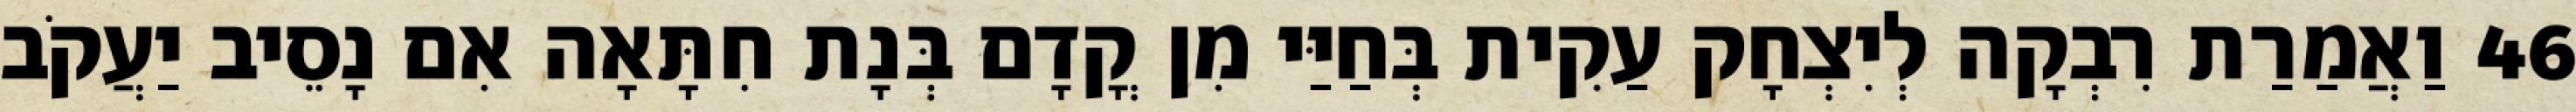
46 וַאֲמַרַת רִבְקָה לְיִצְחָק עַקִית בְּחַיַּי מִן קֳדָם בְּנָת חִתָּאָה אִם נָסֵיב יַעֲקֹב